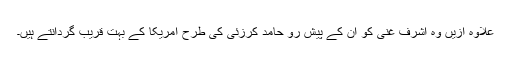
علاوہ ازیں وہ اشرف غنی کو ان کے پیش رو حامد کرزئی کی طرح امریکا کے بہت قریب گردانتے ہیں۔